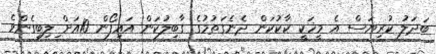
ބަދަލު ކުރިޔަސް އެ މީހަކީ ކާކުކަން ދެނެގަތުމުގެ ގާބިލުކަން އައިފޯން 10އަށް ިލިބިގެންވެ